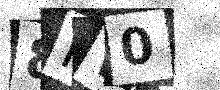
Text: 8MW0